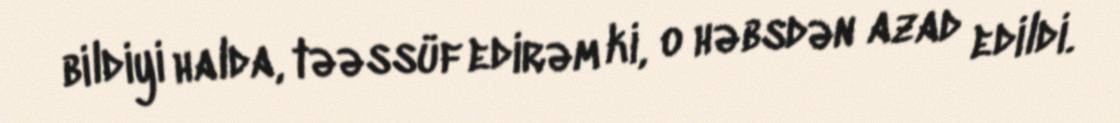
bildiyi halda, təəssüf edirəm ki, o həbsdən azad edildi.